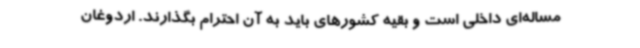
مساله‌ای داخلی است و بقیه کشورهای باید به آن احترام بگذارند. اردوغان